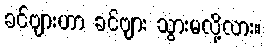
ခင်ဗျားဟာ ခင်ဗျား သွားမလို့လား။